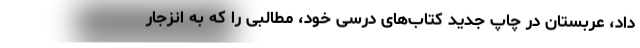
داد، عربستان در چاپ جدید کتاب‌های درسی خود، مطالبی را که به انزجار